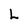
Character: L